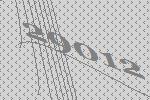
29012